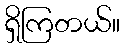
ရှိကြတယ်။